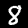
Digit: 8